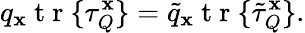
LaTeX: q_{\mathbf{x}}\mathrm{{~t~r~}}\{ \tau_{Q}^{\mathbf{x}}\} =\tilde{{q}}_{\mathbf{x}}\mathrm{{~t~r~}}\{ \tilde{{\tau}}_{Q}^{\mathbf{x}}\} .